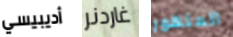
أديبيسي غاردنر المتهور